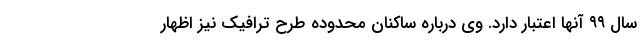
سال ۹۹ آنها اعتبار دارد. وی درباره ساکنان محدوده طرح ترافیک نیز اظهار